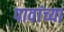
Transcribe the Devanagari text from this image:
पावांच्या